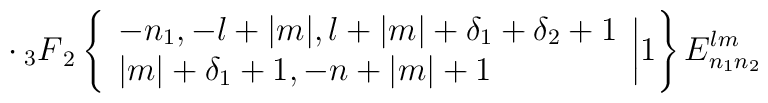
\cdot \> {_3F}_2 \left\{\begin{array}{l}-n_1,  -l+|m|,   l+|m|+\delta_1+\delta_2+1 \\|m|+\delta_1+1,  -n+|m|+1  \\\end{array}\biggr| 1 \right\} E_{n_1 n_2}^{lm}